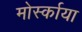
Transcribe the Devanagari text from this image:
मोर्स्काया